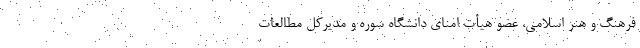
فرهنگ و هنر اسلامی، عضو هیأت امنای دانشگاه سوره و مدیرکل مطالعات